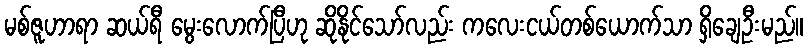
မစ်ဇူဟာရာ ဆယ်ရီ မွေးလောက်ပြီဟု ဆိုနိုင်သော်လည်း ကလေးငယ်တစ်ယောက်သာ ရှိချေဦးမည်။